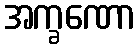
အက္ခဏော